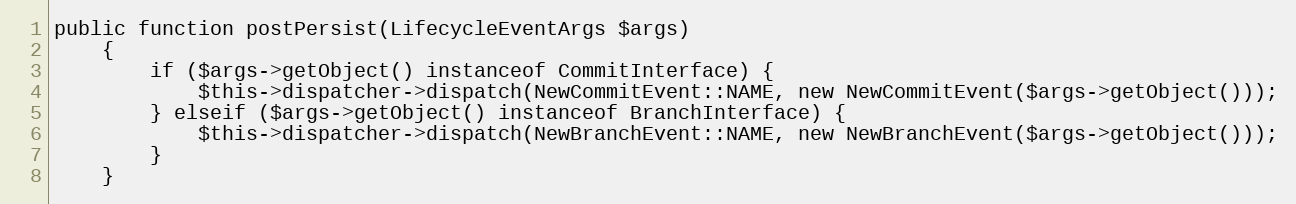
Language: PHP
public function postPersist(LifecycleEventArgs $args)
    {
        if ($args->getObject() instanceof CommitInterface) {
            $this->dispatcher->dispatch(NewCommitEvent::NAME, new NewCommitEvent($args->getObject()));
        } elseif ($args->getObject() instanceof BranchInterface) {
            $this->dispatcher->dispatch(NewBranchEvent::NAME, new NewBranchEvent($args->getObject()));
        }
    }